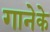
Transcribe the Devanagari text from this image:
गानेके